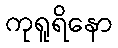
ကုရူရိနော